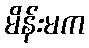
မိန်းမက